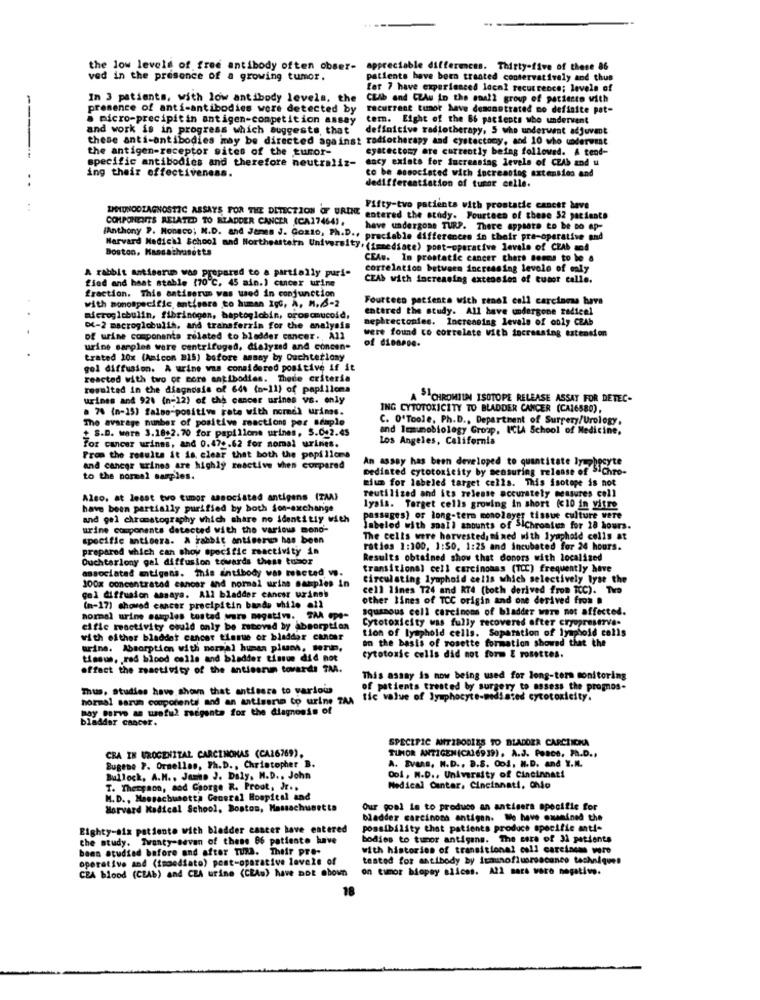
..
the low levels of free antibody often obser-
appreciable differences. Thirty-five of these 86
ved in the presence of a growing tumor.
patients have been treated conservatively and thus
for 7 have experienced local recurrence; levels of
In 3 patients, with low antibody levels, the CLib and CLAu in the sun22 group of pattesto with
presence of anti-antibodies were detected by
racurrent tunor have demonstrated no definite pat-
a micro-precipitin antigen-competition assay
term. Eight of the 66 patients who undervent
and work is in progress which suggests, that
definitive radiotherapy, 5 who underwent adjuvant
these anti-antibodies may be directed against radiotherapy and cystectomy, and 10 who underwent
the antigen-receptor sites of the turor-
eyacectomy are currently being followed. A tend-
------
specific antibodies and therefore neutraliz- ency exists for increasing levels of CZAb and u
ing their effectiveness.
ce be associated with increasing extension and
..
dedifferentiation of tumor celle.
..
Fifty-tvo patients with prostatic cancer bave
COMPONENITS RELATED TO BLADDER CANCER (CA27464).
IMMUNODIAGNOSTIC ASSAYS FOR THE DETECTION OF URINE entered the study. Fourteen of these 52 patients
have undergone TURP. There appsate to be co ap-
[Anthony P. Monaco; M.D. and James J. Gosto, Ph.D ., praciable differences in their pre-operative and
Harvard Medical School and Northeastern University, (immediace) post-operative levale of CEAb mod
Boston, Massachusetts
CEAw. In prestatie cancer thers Booms to be a
correlation between increasing levele of maly
A rabbit antiserum was prepared to a partially puri-
find and haat stable (70℃, 45 ain.) cancer urine
CLAS with increasing extension of tumor calle.
fraction. This antiserus was used in conjunction
Fourteen pacienta with renal cell carcinoma have
with monospecific antisera to human IgG, A, M.6-2
entered the study. All have undergone radicel
microglobulin, fibrinogen, baptoglobin, oroscmucoid,
nephrectonies. Increasing levels of only CEAb
Di-2 macroglobulin, and transferzim for the analysis
were found to correlate with increasing extension
of urine components related to bladder cancer ., All
urine samples were centrifuged, dialyzed and concen-
of dionese.
trated 10x (Amicon B15) before assay by Ouchterlony
gol diffusion. A urine was considered positive if it
reacted with two or more antibodies. Thede criteria
resulted in the diagnosis of 644 (n-11) of papillons
urines and 928 (n=12) of the cancer urines vs. only
A SICHROMIUM ISOTOPE RELEASE ASSAY FOR DETEC-
a 74 (n-15) falso-positive rate with nomed urins.
ING CYTOTOXICITY TO BLADDER CANCER (CA16580),
The average number of positive reactions per sample
C. O'Toole, Ph.D ., Department of Surgery/Urology.
+ S.D. ware 3.18+2.70 for papillons urines, 5.042.45
and Immunobiology Group, ICLA School of Medicine,
For cancer urines, and 0.470.62 for nomal urines.
Los Angeles, California
From the results it is clear that both the papillons
and cancer trines are highly reactive when compared
mediated cytotoxicity by sensuring release of 5.chro-
An assay has been developed to quantitate lymphocyte
to the normal samples.
mium for labeled target cells. This isotope is not
reutilized and its release accurately measures cell
Also, at least two timor associated antigens (TAA)
have been partially purified by both son-exchange
lysis. Torget cells growing in short (<10 in vitre
and gel chromatography which share no identitiy with
passages) or long-term monolayer tissue culture were
urine components detected with the various mono-
labeled with small amounts of SiChromium for 28 hours.
specific antisera. A rabbit antiserun has been
The cells were harvested, mixed with lyuphold colis at
prepared which can show specific reactivity in
ratios 1:100, 1:SO. 1:25 and incubated for 24 hours.
Ouchterlony gal diffusion towards these tubor
Results obtained show that donors with localized
associated antigens. This antibody was reacted w.
transitional cell carcinomas (TCC) frequently have
100x concentrated cancer and normal urias samples in
Circulating lymphoid cells which selectively lyse the
cell lines 124 and RT4 (both derived from TCC). Tire
gol diffusion assays. All bladder cancer uringb
other lines of TCC origin and one derived from @
(n-17) showed cancer precipitin bands while all
squamous cell carcinoma of bladder ware not affected.
normal urine csaples tustad were negative. TAA Ope-
Cytotoxicity was fully recovered ofter cryopreserve-
cifle mactivity could only be zeboved by absorption
tion of lymphold cells. Separation of lymphoid calls
with either bladder cancer tissue or bladder cancer
on the basis of rosette formation showed that the
urine. Absorption with normal human pluch, terie,
tissus, red blood cells and bladder tinson did not
cytotoxic cells did not form E rosettes.
offact the reactivity of the antinarun towards TAA.
This assay is now being used for long-term monitoring
Thus, Studies have shown that antisara to various
of patients treated by surgery to assess the promos-
normal sarun components and an antisarım to urine TAA fic value of lymphocyte-mediated cytotoxicity.
Bay parvo as useful sorgente for the diagnosis of
bladder cancer.
SPECIFIC NITIBODIES TO BLADORA CARCHICHA
CRA IN UROGENITAL CARCINOMAS (CA26769).
TUMOR ANTIGEN(CA16939). A.J. Peace, Ph.D .,
Bugene P. Ornellas, Ph.D ., Christopher B.
A. Evans, N.D ., B.S. Ood. N.D. and Y.M.
Bullock, A.M ., Junto J. Daly. M.D .. John
001, N.D ., University of Cincinnati
T. Therpaon, and George R. Proot, Jr ..
Medical Cantar, Cincinnati, Ohio
M. D ., Massachusetts General Hospital and
Harvard Medical School, Boston, Massachusetts
Our goal is to produce an antisers specific for
bladder carcinoma antigen. We have examined the
Eighty-aix patiente with bladder cancer have entered
possibility that patients produce specific anti-
the study. Twanty-savan of these 66 patiente have
bodies to tumor antigane. The core of 32 patients
been studied bafore an
d before and after Tuna. Their pre-
with historien of transitional coll carcinome were
operative and (immediato) pest-oparative levele of
tested for antibody by immunofluroscanco techniques
CEA blood (CLAb) and CRA urine (CEAu) have not shown
on tumor biopsy alices. A22 mars voro negative.